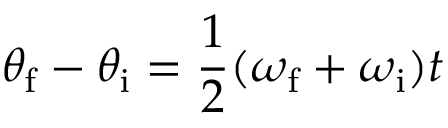
\theta _ { \mathrm { f } } - \theta _ { \mathrm { i } } = { \frac { 1 } { 2 } } ( \omega _ { \mathrm { f } } + \omega _ { \mathrm { i } } ) t